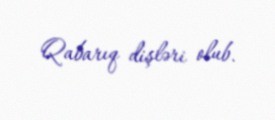
Qabarıq dişləri olub.